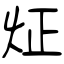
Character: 炡